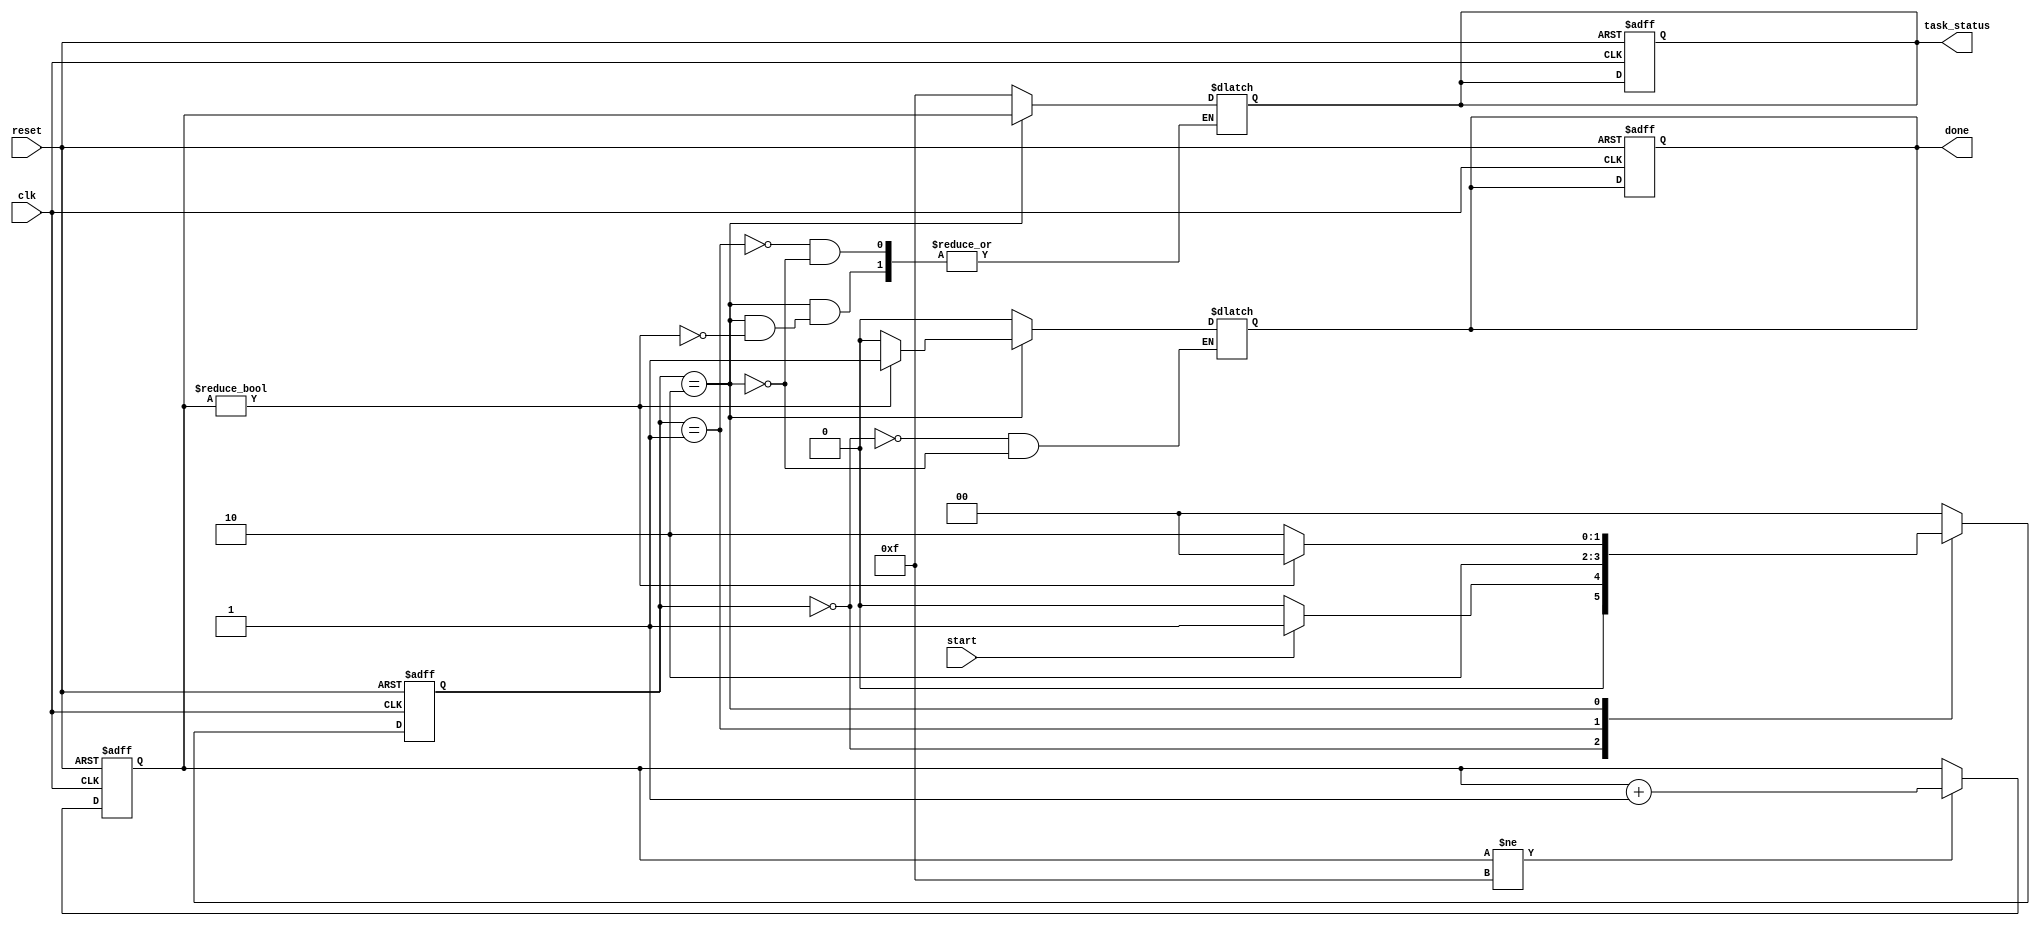
module fork_join_any(
    input wire clk,
    input wire reset,
    input wire start, // Signal to initiate the fork
    output reg done,  // Signal indicating that one task is done
    output reg [3:0] task_status // Status of tasks (4 tasks in this example)
);

// State definitions
localparam IDLE = 2'b00,
           FORK = 2'b01,
           JOIN = 2'b10;

reg [1:0] state, next_state;

// Task completion flags
reg [3:0] task_complete; // Flags for task completion (4 tasks)

// Task completion simulation (for demonstration purposes)
always @(posedge clk or posedge reset) begin
    if (reset) begin
        task_complete <= 4'b0000; // No tasks complete
    end else begin
        // Simulate task completion (for example purposes)
        if (task_complete != 4'b1111) begin
            task_complete <= task_complete + 1; // Increment completion for demo
        end
    end
end

// State machine for managing the fork-join behavior
always @(posedge clk or posedge reset) begin
    if (reset) begin
        state <= IDLE;
        done <= 1'b0;
        task_status <= 4'b0000;
    end else begin
        state <= next_state;
    end
end

// Next state logic
always @(*) begin
    case (state)
        IDLE: begin
            done = 1'b0;
            if (start) begin
                next_state = FORK; // Transition to FORK state
            end else begin
                next_state = IDLE; // Remain in IDLE state
            end
        end

        FORK: begin
            // Forking phase: initiate concurrent tasks
            task_status = 4'b1111; // Indicate that tasks are running
            next_state = JOIN; // Move to JOIN state
        end

        JOIN: begin
            // Check for task completion
            if (task_complete != 4'b0000) begin
                done = 1'b1; // At least one task is complete
                task_status = task_complete; // Update task status
                next_state = IDLE; // Return to IDLE after one task completion
            end else begin
                done = 1'b0; // No task completed yet
                next_state = JOIN; // Stay in JOIN state
            end
        end

        default: begin
            next_state = IDLE; // Default to IDLE state
        end
    endcase
end

endmodule